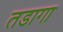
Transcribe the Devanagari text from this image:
तडागा